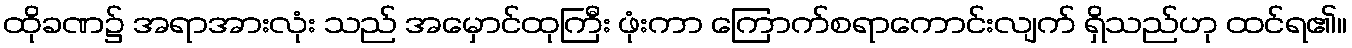
ထိုခဏ၌ အရာအားလုံး သည် အမှောင်ထုကြီး ဖုံးကာ ကြောက်စရာကောင်းလျက် ရှိသည်ဟု ထင်ရ၏။